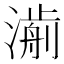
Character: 𣾅